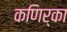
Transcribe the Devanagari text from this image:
कणिर्का